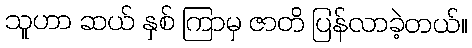
သူဟာ ဆယ် နှစ် ကြာမှ ဇာတိ ပြန်လာခဲ့တယ်။